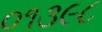
૦૧૩૯૮